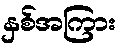
နှစ်အကြား